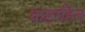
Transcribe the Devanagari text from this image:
कष्टरहित